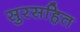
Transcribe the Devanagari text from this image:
सुरसहित